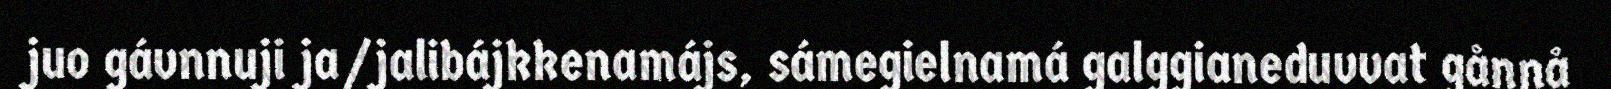
juo gávnnuji ja/jalibájkkenamájs, sámegielnamá galggianeduvvat gånnå